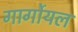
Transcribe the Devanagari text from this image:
गार्गोयल